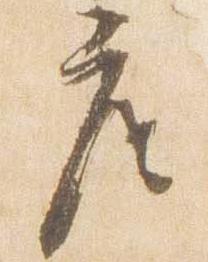
座